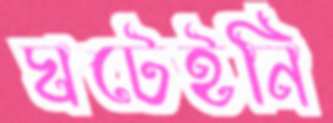
ঘটেইনি